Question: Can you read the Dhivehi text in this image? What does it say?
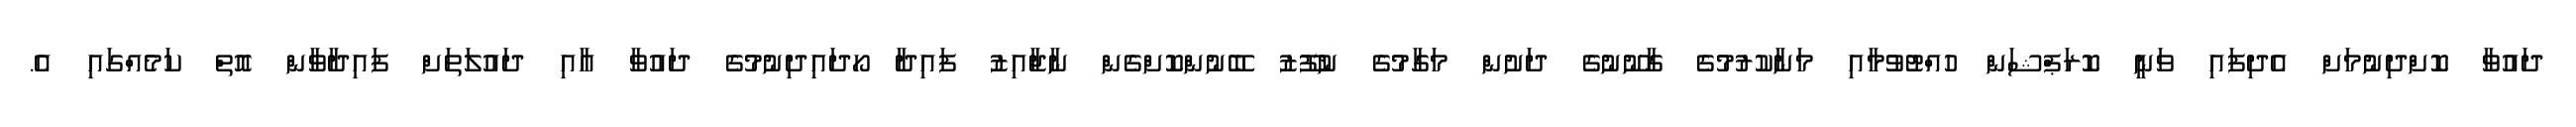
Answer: ދައުވާ ކޮށްދިނުމަށް އެދިފައި ވަނީ ކޮރަޕްޝަން ހުއްޓުވުމާއި މަނާކުރުމުގެ ގާނޫނުގެ ދަށުން މަގާމުގެ ނުފޫޒު ބޭނުންކޮށްގެން ނާޖާއިޒު ފައިދާ ހޯދައިދިނުމުގެ ދައުވާ އާއި ދައުލަތަށް ފައިދާވާން އޮތް ކަމެއްގައި އެ.